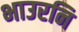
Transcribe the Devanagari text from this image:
भाउरनि